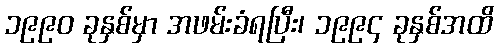
၁၉၉၀ ခုနှစ်မှာ အဖမ်းခံရပြီး၊ ၁၉၉၄ ခုနှစ်အထိ